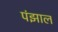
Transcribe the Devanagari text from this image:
पंझाल